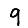
Digit: 9